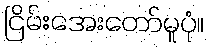
ငြိမ်းအေးတော်မူပုံ။